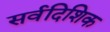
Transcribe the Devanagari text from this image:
सर्वदिशिक